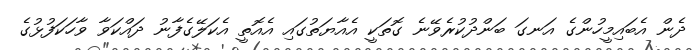
ދެން އެބައިމީހުންގެ އަނގަ ބަންދުކުރެވޭނެ ގޮތަކީ އެއާޔަތުގައި އެއޮތީ އެކަލޭގެފާނު ދައްކަވާ ވާހަކަފުޅުގެ